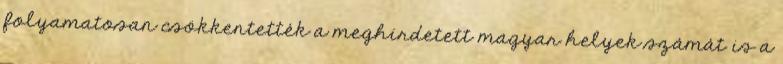
folyamatosan csökkentették a meghirdetett magyar helyek számát is a